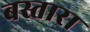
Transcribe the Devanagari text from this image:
बस्तारा